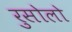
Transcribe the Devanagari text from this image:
रुसोलो